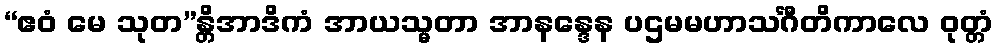
“ဧဝံ မေ သုတ”န္တိအာဒိကံ အာယသ္မတာ အာနန္ဒေန ပဌမမဟာသင်္ဂီတိကာလေ ဝုတ္တံ